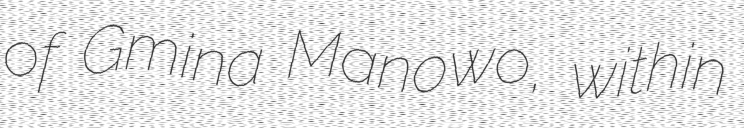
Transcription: of Gmina Manowo, within